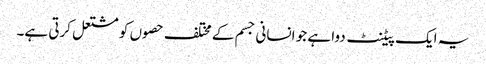
یہ ایک پیٹنٹ دوا ہے جو انسانی جسم کے مختلف حصوں کو مشتعل کرتی ہے۔